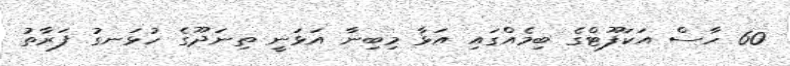
60 ހާސް އަކަފޫޓްގެ ބިމެއްގައި އަޅާ މިބިނާ އަޅަނީ ތިނަދޫގެ ހުޅަނގު ފަރާތު